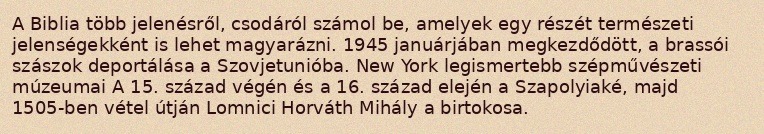
A Biblia több jelenésről, csodáról számol be, amelyek egy részét természeti jelenségekként is lehet magyarázni. 1945 januárjában megkezdődött, a brassói szászok deportálása a Szovjetunióba. New York legismertebb szépművészeti múzeumai A 15. század végén és a 16. század elején a Szapolyiaké, majd 1505-ben vétel útján Lomnici Horváth Mihály a birtokosa.